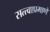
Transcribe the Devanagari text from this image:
सत्त्वाप्रमाणे